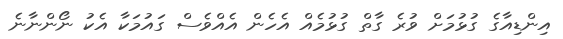
އިންޑިއާގެ ގުޅުމަށް ވުރެ ގާތް ގުޅުމެއް އެހެން އެއްވެސް ގައުމަކާ އެކު ނޯންނާނެ